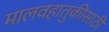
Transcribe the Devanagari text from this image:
मालवहातुकीसाठी